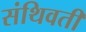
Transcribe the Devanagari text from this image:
संथिवती